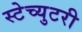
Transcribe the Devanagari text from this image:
स्टेच्युटरी